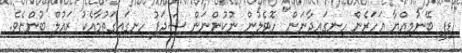
"ޑިފީ ބޭނުމިއްޔާ އަހަރެން ހިނގައިދާނަން" ހޮޓެލުން ނުކުންނަން ޝަދަފު ހިނގައިގަތުމާއެކު ޒައުލް ބުންޏެވެ.